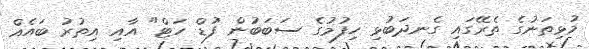
މުޅިތަނުގެ ތެރޭގައި ގެނދަބުޅި ހިފުމުގެ ސަބަބުން 'ފުޑް ހަޓް" އާއި އިތުރު ބައެއް